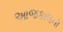
આજકાલની